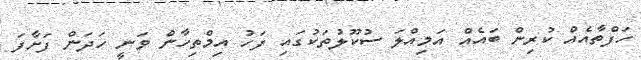
ހަފްތާއެއް ކުރިން ބައެއް އަމިއްލަ ސުކޫލުތަކުގައި ފަހު އިމްތިހާން ވަނީ ހަދަން ފަށާފަ